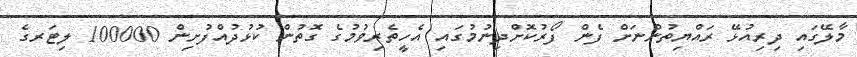
މާލޭގައި ދިރިއުޅޭ ރައްޔިތުންނަށް ފެން ފޯރުކޮށްދިނުމުގައި އެހީތެރިވުމުގެ ގޮތުން ކުޅުދުއްފުށިން 100000 ލިޓަރގެ